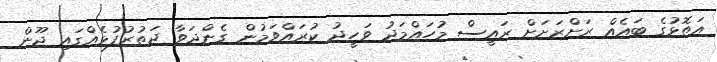
އަތޮޅުގެ ބައެއް ރަށްރަށަށް ރައީސް މުހައްމަދު ވަހީދު ކުރައްވަމުން ގެންދަވާ ދަތުރުފުޅެއްގައި ޖޫން